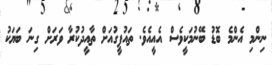
ނިންމި އެންމެ ބޮޑު ބޭނުމަކީވެސް އެއީއެވެ. ތައުފީގުއަށް ތާއީދުކުރާ ވަރަށް ގިނަ ބަޔަކު